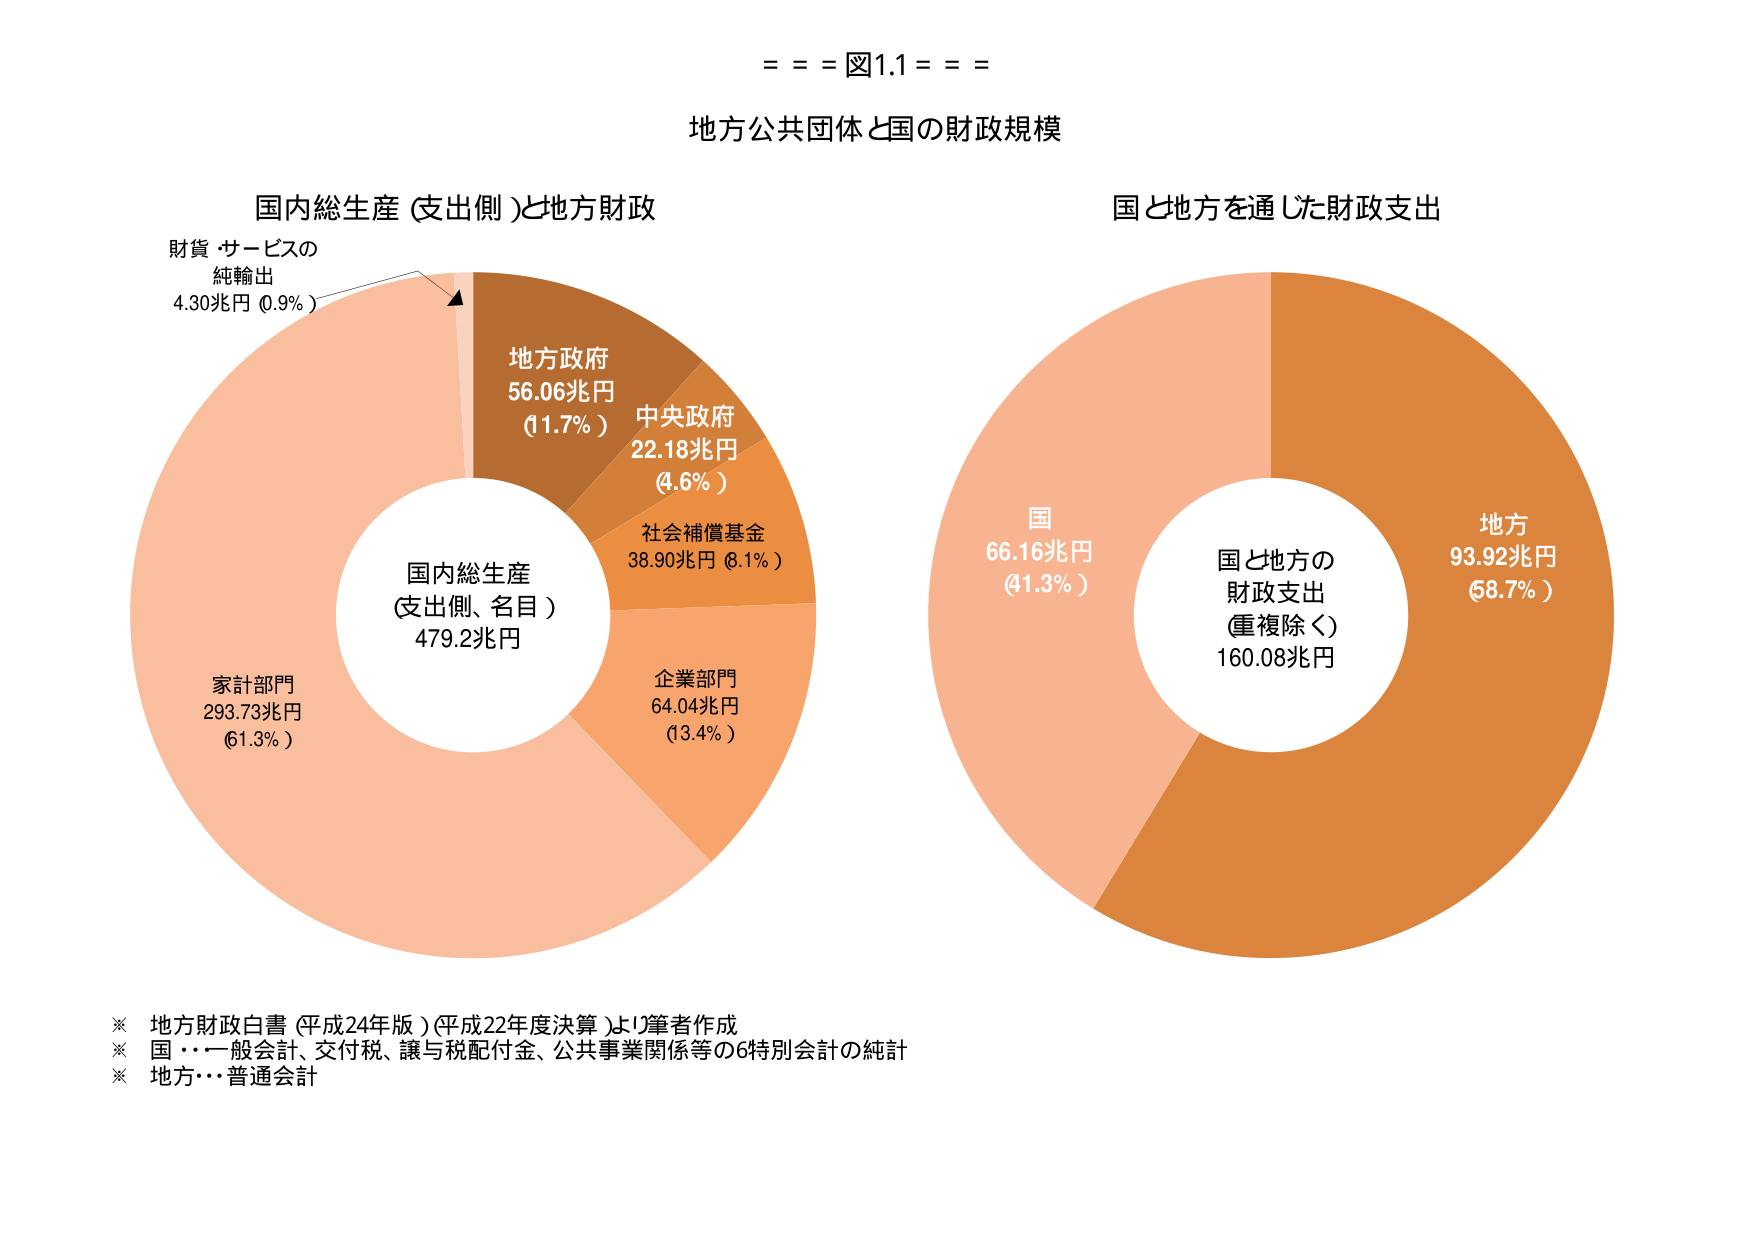
= = = 図1.1 = = =

地方公共団体と国の財政規模

国内総生産（支出側）と地方財政
財貨・サービスの
純輸出
4.30兆円（0.9％）

地方政府
56.06兆円
（11.7％）

中央政府
22.18兆円
（4.6％）

社会補償基金
38.90兆円（8.1％）

企業部門
64.04兆円
（13.4％）

家計部門
293.73兆円
（61.3％）

国内総生産
（支出側、名目）
479.2兆円

国と地方を通じた財政支出

国
66.16兆円
（41.3％）

地方
93.92兆円
（58.7％）

国と地方の
財政支出
（重複除く）
160.08兆円

※ 地方財政白書（平成24年版）（平成22年度決算）より筆者作成
※ 国・・・一般会計、交付税、譲与税配付金、公共事業関係等の6特別会計の総計
※ 地方・・・普通会計